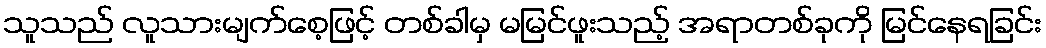
သူသည် လူသားမျက်စေ့ဖြင့် တစ်ခါမှ မမြင်ဖူးသည့် အရာတစ်ခုကို မြင်နေရခြင်း